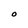
Character: O